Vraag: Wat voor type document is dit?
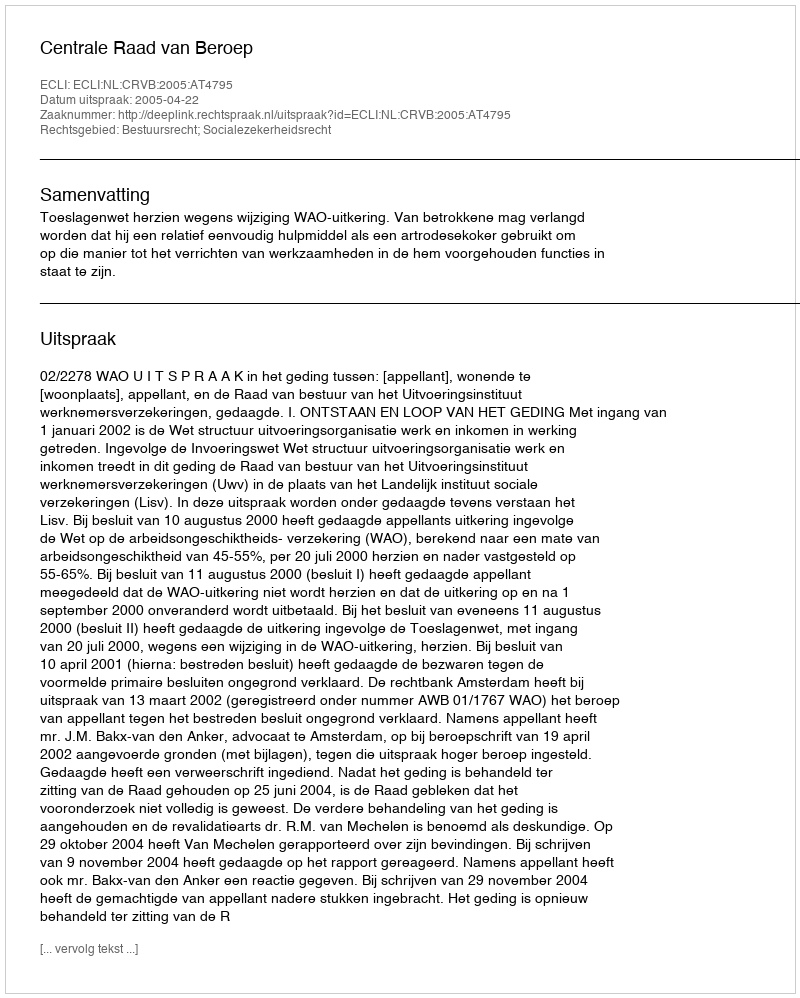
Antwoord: Uitspraak